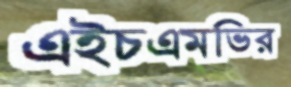
এইচএমভির